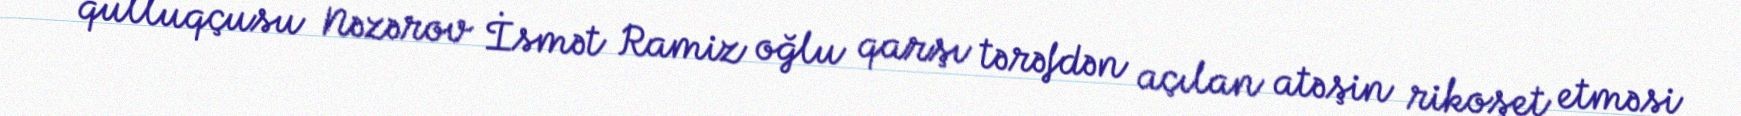
qulluqçusu Nəzərov İsmət Ramiz oğlu qarşı tərəfdən açılan atəşin rikoşet etməsi